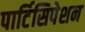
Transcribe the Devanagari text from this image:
पार्टिसिपेशन